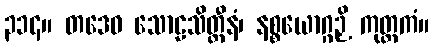
၃၁၄။ တဒေဝ သောဠသိတ္ထီနံ၊ နစ္စယောဂ္ဂဉှိ ကုတ္တကံ။